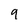
Character: 9